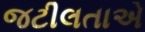
જટીલતાએ